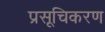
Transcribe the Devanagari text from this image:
प्रसूचिकरण